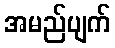
အမည်ပျက်